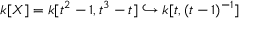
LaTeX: k [ X ] = k [ t ^ { 2 } - 1 , t ^ { 3 } - t ] \hookrightarrow k [ t , ( t - 1 ) ^ { - 1 } ]